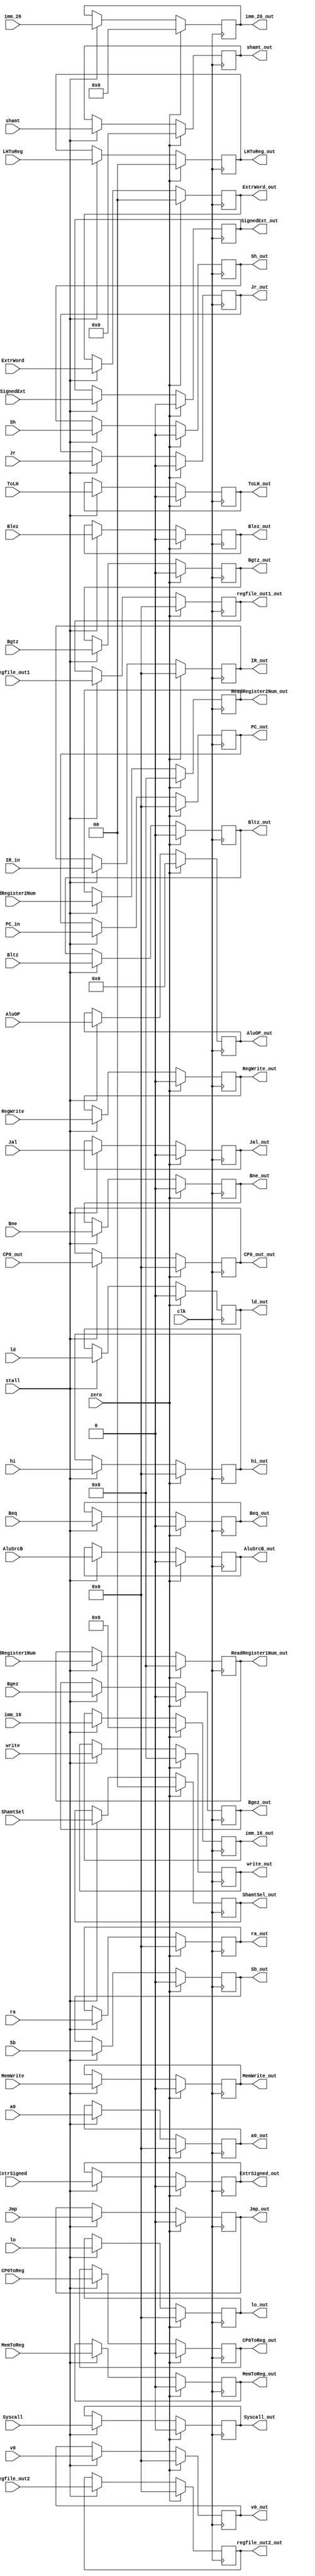
`timescale 1ns / 1ps
//////////////////////////////////////////////////////////////////////////////////
// Company:
// Engineer:
//
// Design Name:
// Module Name: ID_EX
// Project Name:
// Target Devices:
// Tool Versions:
// Description:
//
// Dependencies:
//
// Revision:
// Revision 0.01 - File Created
// Additional Comments:
//
//////////////////////////////////////////////////////////////////////////////////


module ID_EX#(parameter PC_BITS=32,parameter IR_BITS=32,parameter DATA_BITS=32)(
    input clk,
    input zero,
    input stall,
    input [PC_BITS-1:0] PC_in,
    input [IR_BITS-1:0] IR_in,
    input  Jmp,        //JmpPC,PC = immediate
    input  Jr,         //JrPCPC=PC+REG[Rs]
    input  Jal,        //JalPCJmpra(31)
    input  Beq,        //Beq
    input  Bne,        //Bne
    input  MemToReg,   //1Memory0Alu
    input  MemWrite,   //Memory
    input  [3:0]AluOP,      //Alu
    input  AluSrcB,    //Alu
    input  RegWrite,   //
    input  Syscall,    //
    input  [1:0] ExtrWord,   //Din0110
    input  ToLH,       //HI,LO
    input  ExtrSigned,   //100
    input  Sh,
    input  Sb,
    input  [1:0] ShamtSel, //Shamt10160x1001Rs5shamt
    input  [1:0] LHToReg,  //Din01LO10HI
    input  Bltz,
    input  Blez,
    input  Bgez,
    input  Bgtz,
    input [15:0]imm_16,
    input [25:0]imm_26,
    input [DATA_BITS-1:0]regfile_out1,
    input [DATA_BITS-1:0]regfile_out2,
    input [5:0]write,    //regfileinputAdapterw
    input [DATA_BITS-1:0]a0,
    input [DATA_BITS-1:0]v0,
    input [DATA_BITS-1:0]ra,
    input [4:0]shamt,
    input SignedExt,
    input [DATA_BITS - 1:0] lo,
    input [DATA_BITS - 1:0] hi,
    input ld,
    input [5:0] ReadRegister1Num,
    input [5:0] ReadRegister2Num,
    input wire CP0ToReg,
    input wire [31:0] CP0_out,
    output reg [31:0] CP0_out_out,
    output reg CP0ToReg_out,
    output reg ld_out,
    output reg SignedExt_out,
    output reg [4:0] shamt_out,
    output reg [15:0]imm_16_out,
    output reg [25:0]imm_26_out,
    output reg [DATA_BITS-1:0]regfile_out1_out,
    output reg [DATA_BITS-1:0]regfile_out2_out,
    output reg [DATA_BITS-1:0]a0_out,
    output reg [DATA_BITS-1:0]v0_out,
    output reg [DATA_BITS-1:0]ra_out,
    output reg [DATA_BITS - 1:0] lo_out,
    output reg [DATA_BITS - 1:0] hi_out,
    output reg [5:0]write_out,
    output reg  Jmp_out,        //JmpPC,PC = immediate
    output reg  Jr_out,         //JrPCPC=PC+REG[Rs]
    output reg  Jal_out,        //JalPCJmpra(31)
    output reg  Beq_out,        //Beq
    output reg  Bne_out,        //Bne
    output reg  MemToReg_out,   //1Memory0Alu
    output reg  MemWrite_out,   //Memory
    output reg  [3:0]AluOP_out,      //Alu
    output reg  AluSrcB_out,    //Alu
    output reg  RegWrite_out,   //
    output reg  Syscall_out,    //
    output reg  [1:0] ExtrWord_out,   //Din0110
    output reg  ToLH_out,       //HI,LO
    output reg  ExtrSigned_out,   //100
    output reg  Sh_out,
    output reg  Sb_out,
    output reg  [1:0] ShamtSel_out, //Shamt10160x1001Rs5shamt
    output reg  [1:0] LHToReg_out,  //Din01LO10HI
    output reg  Bltz_out,
    output reg  Blez_out,
    output reg  Bgez_out,
    output reg  Bgtz_out,
    output reg [PC_BITS-1:0] PC_out,
    output reg [IR_BITS-1:0] IR_out,
    output reg [5:0] ReadRegister1Num_out,
    output reg [5:0] ReadRegister2Num_out
);
        always @(posedge clk)
            begin
                if(zero )begin
                    PC_out<=0;
                    IR_out<=0;
                    write_out<=0;
                    ToLH_out<=0;
                    Syscall_out<=0;
                    Sh_out<=0;
                    Sb_out<=0;
                    RegWrite_out<=0;
                    MemWrite_out<=0;
                    MemToReg_out<=0;
                    Jr_out<=0;
                    Jmp_out<=0;
                    Jal_out<=0;
                    ExtrSigned_out<=0;
                    Bne_out<=0;
                    Bltz_out<=0;
                    Blez_out<=0;
                    Bgtz_out<=0;
                    Bgez_out<=0;
                    Beq_out<=0;
                    AluSrcB_out<=0;
                    v0_out<=0;
                    regfile_out2_out<=0;
                    regfile_out1_out<=0;
                    ra_out<=0;
                    a0_out<=0;
                    shamt_out<=0;
                    AluOP_out<=0;
                    imm_26_out<=0;
                    imm_16_out<=0;
                    ShamtSel_out<=0;
                    LHToReg_out<=0;
                    ExtrWord_out<=0;
                    SignedExt_out<=0;
                    lo_out <= 0;
                    hi_out <= 0;
                    ld_out <= 0;
                    ReadRegister1Num_out <= 0;
                    ReadRegister2Num_out <= 0;
                    CP0ToReg_out <= 0;
                    CP0_out_out <= 0;
                    end
                else  if(stall)
                    begin
                    PC_out<=PC_in;
                    IR_out<=IR_in;
                    write_out  <=  write;
                    ToLH_out  <=  ToLH;
                    Syscall_out  <=  Syscall;
                    Sh_out  <=  Sh;
                    Sb_out  <=  Sb;
                    RegWrite_out <= RegWrite;
                    MemWrite_out <= MemWrite;
                    MemToReg_out <= MemToReg;
                    Jr_out <= Jr;
                    Jmp_out <= Jmp;
                    Jal_out <= Jal;
                    ExtrSigned_out <= ExtrSigned;
                    Bne_out <= Bne;
                    Bltz_out <= Bltz;
                    Blez_out <= Blez;
                    Bgtz_out <= Bgtz;
                    Bgez_out <= Bgez;
                    Beq_out <= Beq;
                    AluSrcB_out     <= AluSrcB;
                    v0_out <= v0;
                    regfile_out2_out <= regfile_out2;
                    regfile_out1_out <= regfile_out1; //
                    ra_out <= ra;
                    a0_out <= a0;
                    shamt_out <= shamt;
                    AluOP_out <= AluOP;
                    imm_26_out <= imm_26;
                    imm_16_out <= imm_16;
                    ShamtSel_out <= ShamtSel;
                    LHToReg_out <= LHToReg;
                    ExtrWord_out <= ExtrWord;
                    SignedExt_out<=SignedExt;
                    lo_out <= lo;
                    hi_out <= hi;
                    ld_out <= ld;
                    ReadRegister1Num_out <= ReadRegister1Num;
                    ReadRegister2Num_out <= ReadRegister2Num;
                    CP0ToReg_out <= CP0ToReg;
                    CP0_out_out <= CP0_out;
                    end
                else;
            end
    endmodule